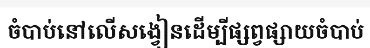
ចំបាប់នៅលើសង្វៀនដើម្បីផ្សព្វផ្សាយចំបាប់